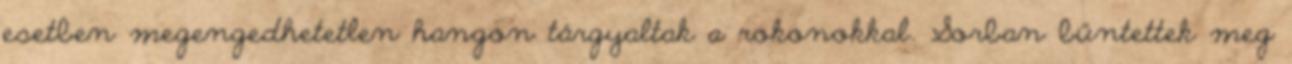
esetben megengedhetetlen hangon tárgyaltak a rokonokkal. Sorban bűntettek meg